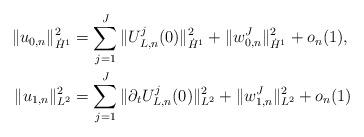
LaTeX: \begin{align*}\| u_{0,n} \|_{\dot H^1}^2 &= \sum_{j = 1}^J \| U^j_{L,n}(0) \|^2_{\dot H^1} + \| w^J_{0,n} \|^2_{\dot H^1} + o_n(1), \\\| u_{1,n} \|_{L^2}^2 &= \sum_{j = 1}^J \| \partial_t U^j_{L,n}(0) \|^2_{L^2}+ \| w^J_{1,n} \|^2_{L^2} + o_n(1) \end{align*}